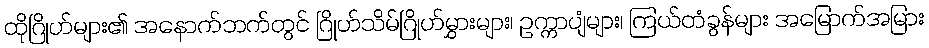
ထိုဂြိုဟ်များ၏ အနောက်ဘက်တွင် ဂြိုဟ်သိမ်ဂြိုဟ်မွှားများ၊ ဥက္ကာပျံများ၊ ကြယ်တံခွန်များ အမြောက်အမြား